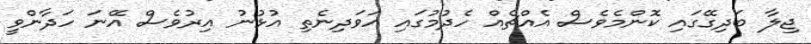
ޖިލާ ބަދިގޭގައި ކޮންމެވެސް އެއްޗެއް ހެދުމުގައި އަވަދިނެތި އުޅުނު އިރުވެސް އޭނަ ހަދާންވީ